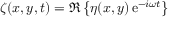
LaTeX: \zeta ( x , y , t ) = \Re \left\{ \eta ( x , y ) \, { \mathrm { e } } ^ { - i \omega t } \right\}